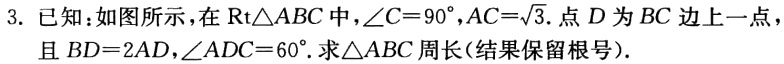
3. 已知：如图所示，在$\text{Rt}\triangle ABC$中，$\angle C = 90^{\circ}$，$AC = \sqrt{3}$. 点$D$为$BC$边上一点，且$BD = 2AD$，$\angle ADC = 60^{\circ}$. 求$\triangle ABC$周长（结果保留根号）.